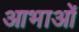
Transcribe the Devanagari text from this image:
आभाओं